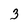
Character: 3